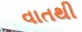
વાતથી